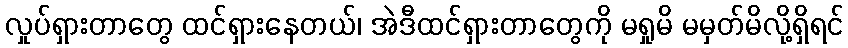
လှုပ်ရှားတာတွေ ထင်ရှားနေတယ်၊ အဲဒီထင်ရှားတာတွေကို မရှုမိ မမှတ်မိလို့ရှိရင်